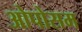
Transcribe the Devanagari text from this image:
ओपोसम